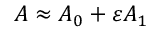
A \approx A _ { 0 } + \varepsilon A _ { 1 }